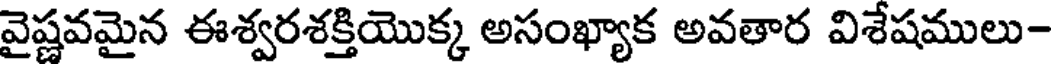
వైష్ణవమైన ఈశ్వరశక్తియొక్క అసంఖ్యాక అవతార విశేషములు-